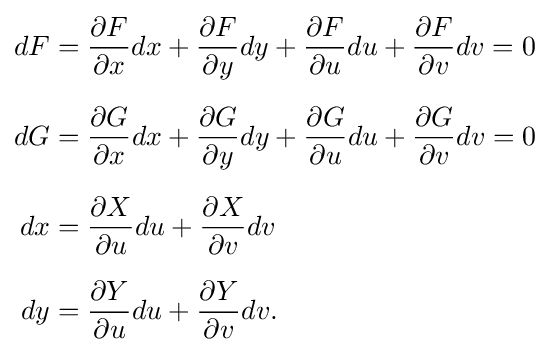
{\begin{aligned}dF&={\frac {\partial F}{\partial x}}dx+{\frac {\partial F}{\partial y}}dy+{\frac {\partial F}{\partial u}}du+{\frac {\partial F}{\partial v}}dv=0\\[6pt]dG&={\frac {\partial G}{\partial x}}dx+{\frac {\partial G}{\partial y}}dy+{\frac {\partial G}{\partial u}}du+{\frac {\partial G}{\partial v}}dv=0\\[6pt]dx&={\frac {\partial X}{\partial u}}du+{\frac {\partial X}{\partial v}}dv\\[6pt]dy&={\frac {\partial Y}{\partial u}}du+{\frac {\partial Y}{\partial v}}dv.\end{aligned}}